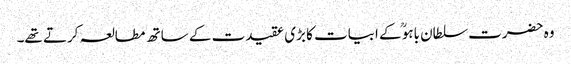
وہ حضرت سلطان باہوؒ کے ابیات کا بڑی عقیدت کے ساتھ مطالعہ کرتے تھے۔